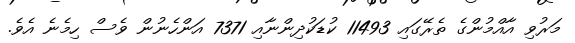
މަރުވި އާއްމުންގެ ތެރޭގައި 11493 ކުޑަކުދިންނާއި 7371 އަންހެނުން ވެސް ހިމެނެ އެވެ.